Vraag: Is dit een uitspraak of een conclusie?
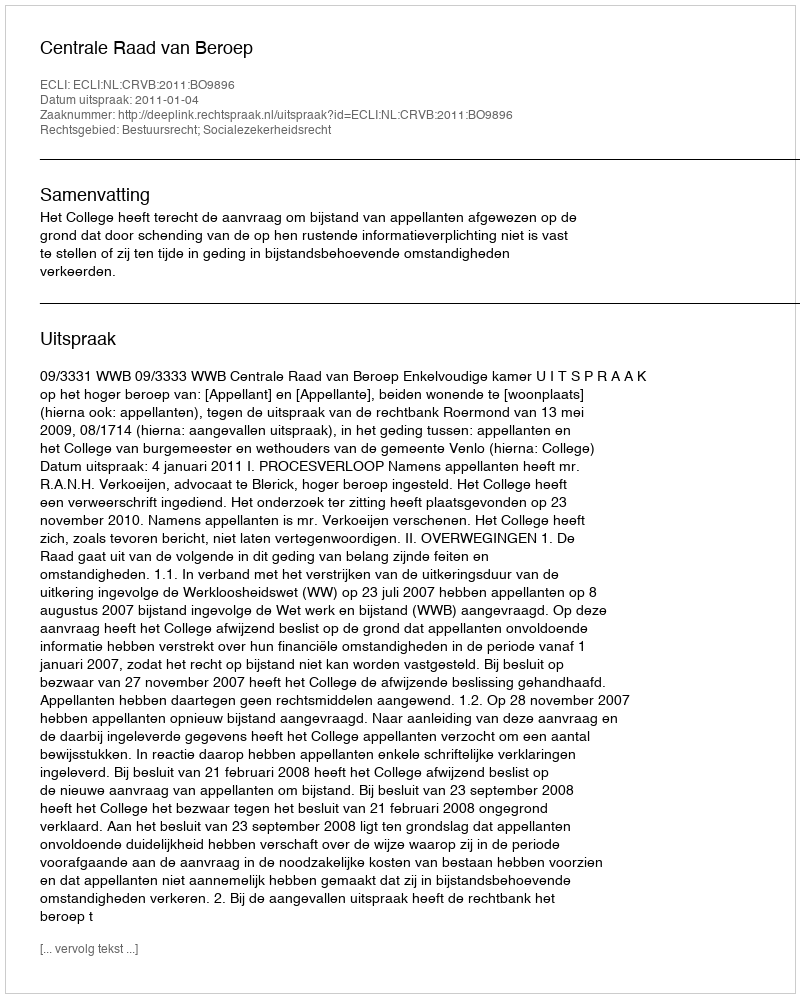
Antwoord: Uitspraak